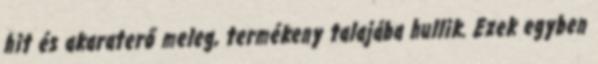
hit és akaraterő meleg, termékeny talajába hullik. Ezek egyben